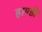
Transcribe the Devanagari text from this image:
हाण्डी